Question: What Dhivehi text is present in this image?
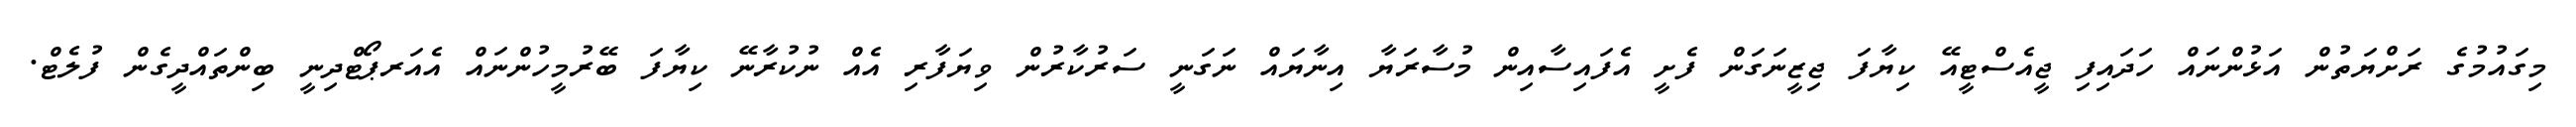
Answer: މިގައުމުގެ ރަށްޔަތުން އަޅުންނައް ހަދައިފި ޖީއެސްޓީއޭ ކިޔާފަ ޖިޒީނަގަން ފެށީ އެފައިސާއިން މުސާރަޔާ އިނާޔައް ނަގަނީ ސަރުކާރުން ވިޔަފާރި އެއް ނުކުރާނޭ ކިޔާފަ ބޭރުމީހުންނައް އެއަރޕޯޓްދިނީ ބިންތައްދީގެން ފުލެޓް.